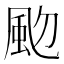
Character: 𩖝